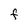
Character: F